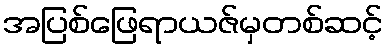
အပြစ်ဖြေရာယဇ်မှတစ်ဆင့်